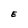
Character: E